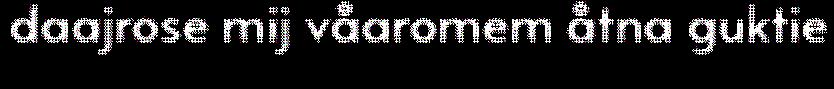
daajrose mij våaromem åtna guktie